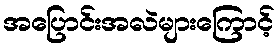
အပြောင်းအလဲများကြောင့်